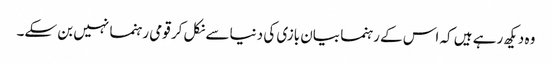
وہ دیکھ رہے ہیں کہ اس کے رہنما بیان بازی کی دنیا سے نکل کر قومی رہنما نہیں بن سکے۔